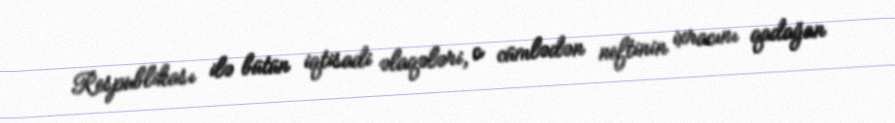
Respublikası ilə bütün iqtisadi əlaqələri, o cümlədən neftinin ixracını qadağan